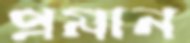
প্রমান